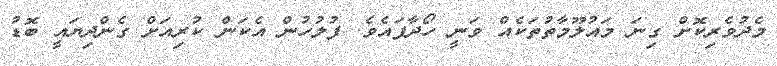
މެދުވެރިކޮށް ގިނަ މައުލޫމާތުތަކެއް ވަނީ ހޯދާފައެވެ. ފުލުހުން އެކަން ކުރިއަށް ގެންދިޔައީ ބޮޑު